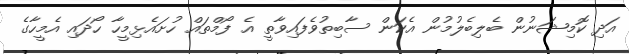
އަދި ކޮމިޝަނުން ބެލިބެލުމުން އެކަން ސާބިތުވެފައިވާތީ އެ ފޯމްތައް ހުށައެޅިމީހާ ހޯދައި އެމީހާގެ